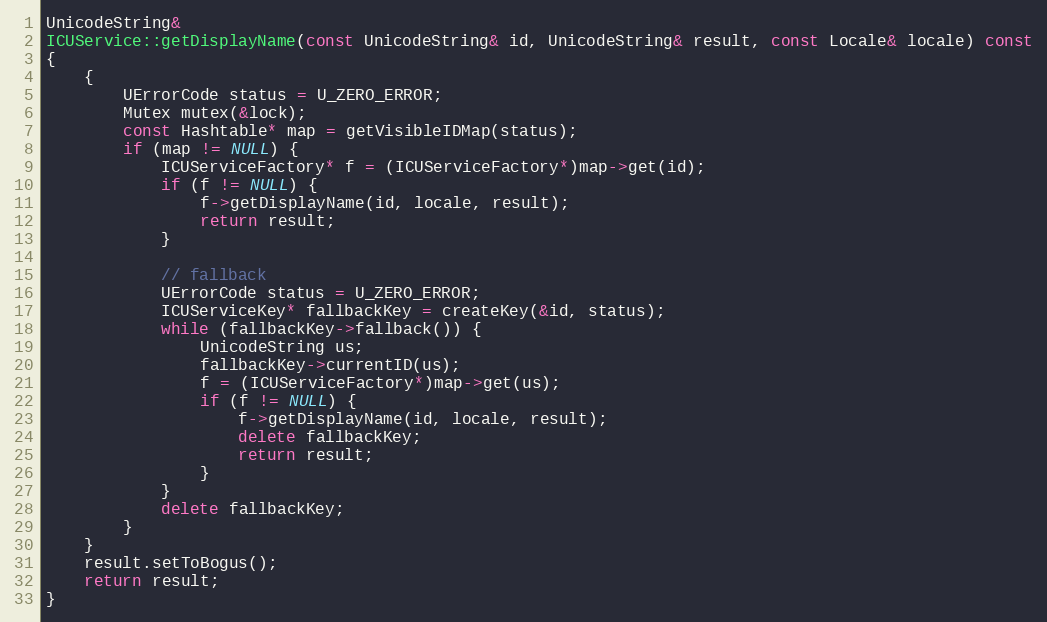
Language: C++
UnicodeString&
ICUService::getDisplayName(const UnicodeString& id, UnicodeString& result, const Locale& locale) const
{
    {
        UErrorCode status = U_ZERO_ERROR;
        Mutex mutex(&lock);
        const Hashtable* map = getVisibleIDMap(status);
        if (map != NULL) {
            ICUServiceFactory* f = (ICUServiceFactory*)map->get(id);
            if (f != NULL) {
                f->getDisplayName(id, locale, result);
                return result;
            }

            // fallback
            UErrorCode status = U_ZERO_ERROR;
            ICUServiceKey* fallbackKey = createKey(&id, status);
            while (fallbackKey->fallback()) {
                UnicodeString us;
                fallbackKey->currentID(us);
                f = (ICUServiceFactory*)map->get(us);
                if (f != NULL) {
                    f->getDisplayName(id, locale, result);
                    delete fallbackKey;
                    return result;
                }
            }
            delete fallbackKey;
        }
    }
    result.setToBogus();
    return result;
}